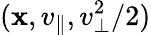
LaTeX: (\mathbf{x},v_{\parallel},v_{\perp}^{2}/2)